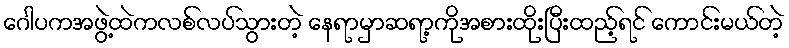
ဂေါပကအဖွဲ့ထဲကလစ်လပ်သွားတဲ့ နေရာမှာဆရာ့ကိုအစားထိုးပြီးထည့်ရင် ကောင်းမယ်တဲ့